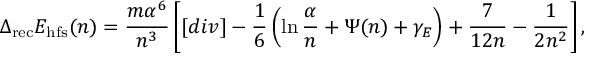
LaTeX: \Delta _ { \mathrm { r e c } } E _ { \mathrm { h f s } } ( n ) = \frac { m \alpha ^ { 6 } } { n ^ { 3 } } \left[ [ d i v ] - \frac { 1 } { 6 } \left( \ln \frac { \alpha } { n } + \Psi ( n ) + \gamma _ { E } \right) + \frac { 7 } { 1 2 n } - \frac { 1 } { 2 n ^ { 2 } } \right] ,